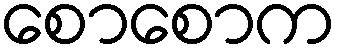
စောစောက